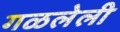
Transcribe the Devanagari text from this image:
गळलेली